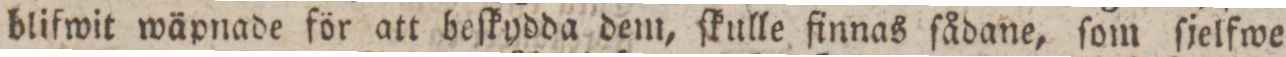
blifwit wäpnade för att beſkydda dem, ſkulle finnas ſådane, ſom ſjelfwe